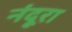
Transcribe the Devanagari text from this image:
नंदूरा